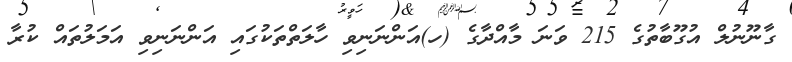
ގާނޫނުލް އުގޫބާތުގެ 215 ވަނަ މާއްދާގެ (ހ)އަންނަނިވި ހާލަތްތަކުގައި އަންނަނިވި އަމަލުތައް ކުރާ